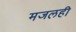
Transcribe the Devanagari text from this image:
मजलही